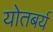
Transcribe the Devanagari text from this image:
योतबर्य